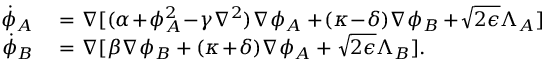
\begin{array} { r l } { \! \dot { \phi } _ { A } } & { { } = \nabla [ ( \alpha \! + \! \phi _ { A } ^ { 2 } \! - \! \gamma \nabla ^ { 2 } ) \nabla \phi _ { A } + \! ( \kappa \! - \! \delta ) \nabla \phi _ { B } + \! \sqrt { 2 \epsilon } \Lambda _ { A } ] } \\ { \! \dot { \phi } _ { B } } & { { } = \nabla [ \beta \nabla \phi _ { B } + ( \kappa \! + \! \delta ) \nabla \phi _ { A } + \sqrt { 2 \epsilon } \Lambda _ { B } ] . } \end{array}